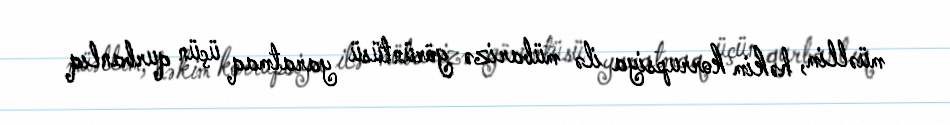
müəllim, həkim korrupsiya ilə mübarizə görüntüsü yaratmaq üçün qurbanlıq